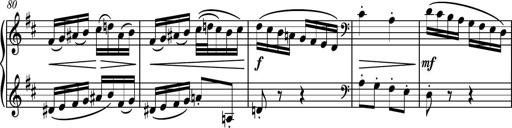
Title: Piano Sonatina No.4
Composer: Dimitri Sykias
Key: D major